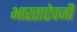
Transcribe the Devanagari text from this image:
भारताऐवजी